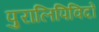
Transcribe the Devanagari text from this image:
पुरालिपिविदों